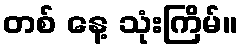
တစ် နေ့ သုံးကြိမ်။